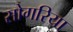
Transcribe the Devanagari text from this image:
सोगरिया